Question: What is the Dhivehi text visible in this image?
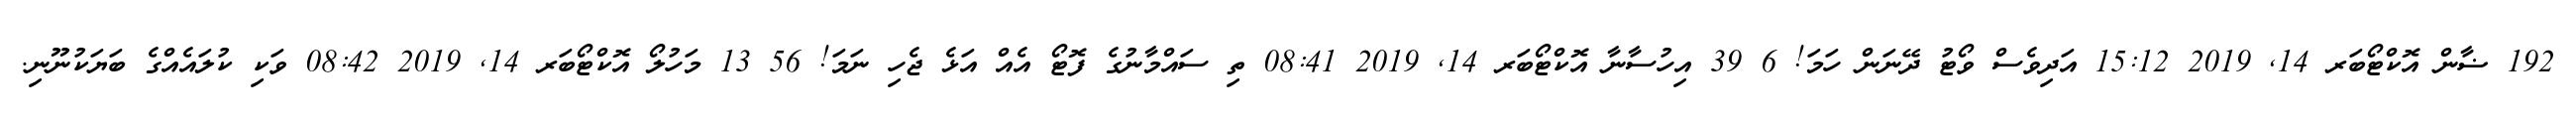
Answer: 192 ޟާން އޮކްޓޯބަރ 14, 2019 15:12 އަދިވެސް ވޯޓު ދޭނަން ހަމަ! 6 39 އިހުސާނާ އޮކްޓޯބަރ 14, 2019 08:41 ތި ސައްމާނުގެ ފޮޓޯ އެއް އަޅެ ޖެހި ނަމަ! 56 13 މަހުލޯ އޮކްޓޯބަރ 14, 2019 08:42 ވަކި ކުލައެއްގެ ބަޔަކުނޫނި.